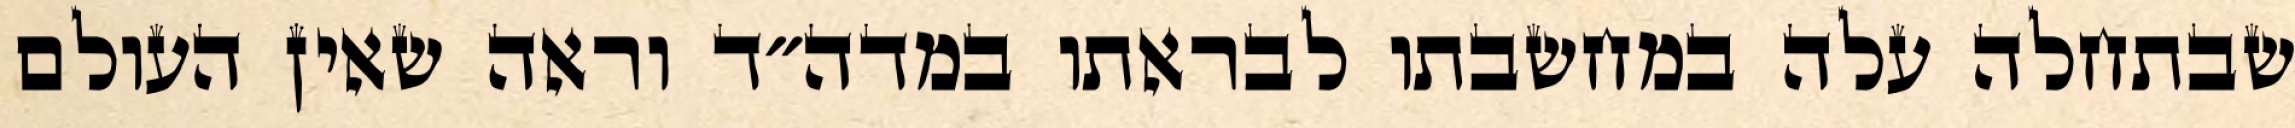
שבתחלה עלה במחשבתו לבראתו במדה״ד וראה שאין העולם